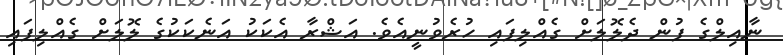
ނާއިލްގެ ފުން ދެލޮލަށް ގެއްލިފައި ހުރެވުނީއެވެ. އަަޝްރާ އެކަކު އަނެކަކުގެ ލޮލަށް ގެއްލިފައި